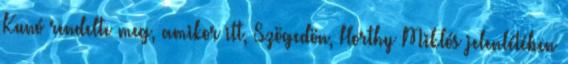
Kunó rendelte meg, amikor itt, Szögedön, Horthy Miklós jelenlétében